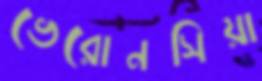
ভেরোনসিয়া